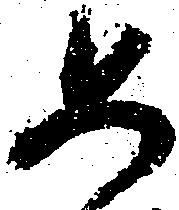
如